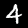
Digit: 4